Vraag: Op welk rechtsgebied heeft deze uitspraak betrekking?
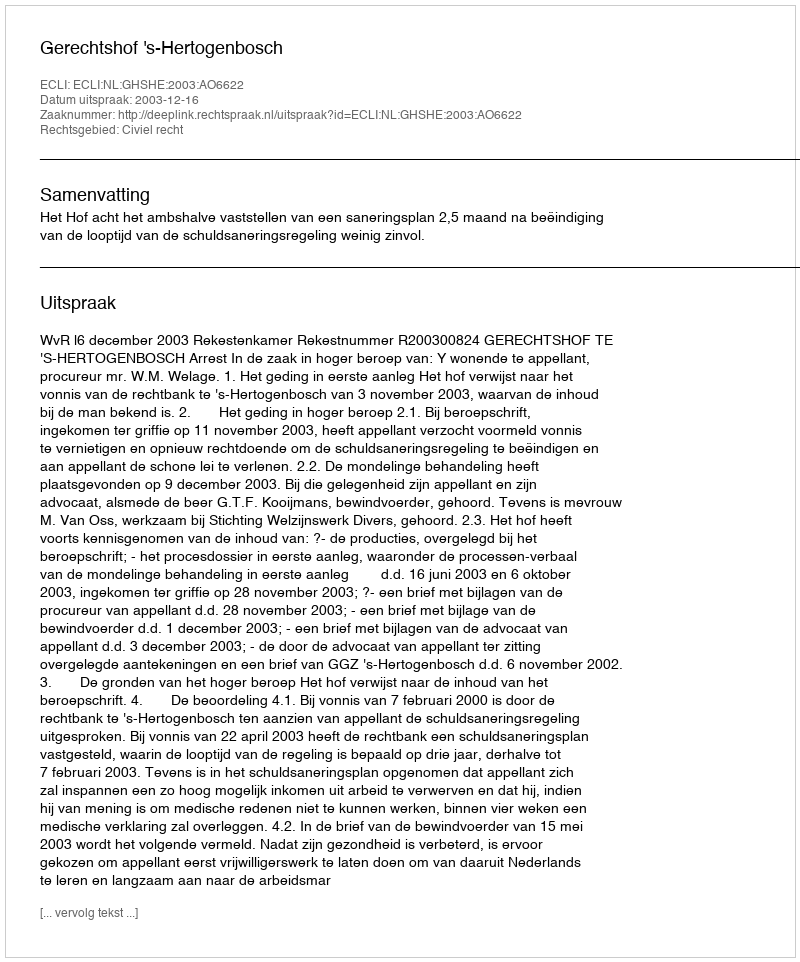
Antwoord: Civiel recht